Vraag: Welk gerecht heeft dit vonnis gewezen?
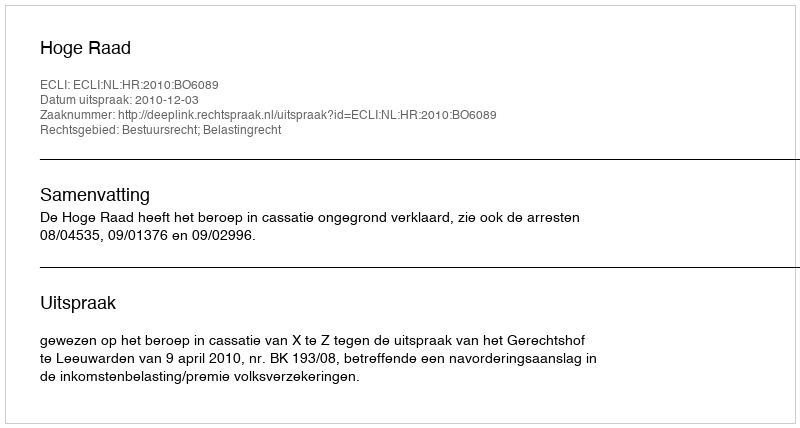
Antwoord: Hoge Raad